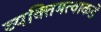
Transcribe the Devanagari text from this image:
व्यक्तिमत्वाकडे